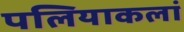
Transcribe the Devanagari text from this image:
पलियाकलां